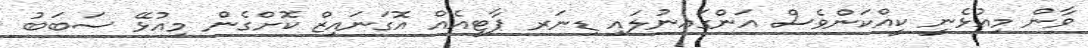
ވާން މިއުޅެނީ ކީއްކަންވެސް އަންގައިނުލައި ޑިނަރ ޕާޓީއެއް އޮގަނައިޒް ކޮށްގެން މިއުޅޭ ސަބަބު